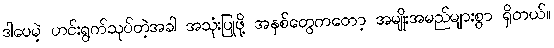
ဒါပေမဲ့ ဟင်းရွက်သုပ်တဲ့အခါ အသုံးပြုဖို့ အနှစ်တွေကတော့ အမျိုးအမည်များစွာ ရှိတယ်။